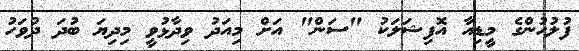
ފުލުހުންގެ މީޑިއާ އޮފިޝަލަކު "ސަން" އަށް މިއަދު ވިދާޅުވީ މިދިޔަ ބުދަ ދުވަހު